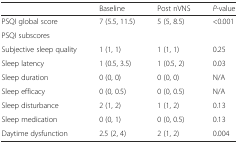
<table><thead><tr><td>[EMPTY_CELL]</td><td><b>Baseline</b></td><td><b>Post nVNS</b></td><td><b><i>P-</i>value</b></td></tr></thead><tbody><tr><td>PSQI global score</td><td>7 (5.5, 11.5)</td><td>5 (5, 8.5)</td><td>&lt;0.001</td></tr><tr><td>PSQI subscores</td><td>[EMPTY_CELL]</td><td>[EMPTY_CELL]</td><td>[EMPTY_CELL]</td></tr><tr><td>Subjective sleep quality</td><td>1 (1, 1)</td><td>1 (1, 1)</td><td>0.25</td></tr><tr><td>Sleep latency</td><td>1 (0.5, 3.5)</td><td>1 (0.5, 2)</td><td>0.03</td></tr><tr><td>Sleep duration</td><td>0 (0, 0)</td><td>0 (0, 0)</td><td>N/A</td></tr><tr><td>Sleep efficacy</td><td>0 (0, 0.5)</td><td>0 (0, 0.5)</td><td>N/A</td></tr><tr><td>Sleep disturbance</td><td>2 (1, 2)</td><td>1 (1, 2)</td><td>0.13</td></tr><tr><td>Sleep medication</td><td>0 (0, 1)</td><td>0 (0, 0.5)</td><td>0.13</td></tr><tr><td>Daytime dysfunction</td><td>2.5 (2, 4)</td><td>2 (1, 2)</td><td>0.004</td></tr></tbody></table>